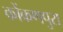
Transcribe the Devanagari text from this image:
कोंकणपुरा